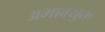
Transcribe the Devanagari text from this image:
अभावयुक्त